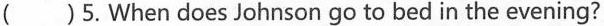
( )5. When does Johnson go to bed in the evening?